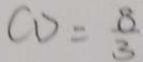
C D = \frac { 8 } { 3 }